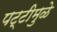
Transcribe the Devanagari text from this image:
पट्टीमुळे